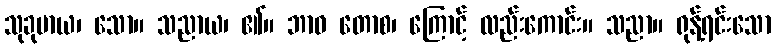
သုခုမာယ၊ သော။ သညာယ၊ ၏။ ဘာဝ တောစ၊ ကြောင့် လည်းကောင်း။ သညာ။ ရုန့်ရင်းသော